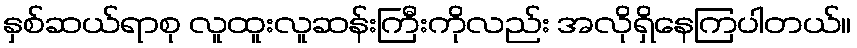
နှစ်ဆယ်ရာစု လူထူးလူဆန်းကြီးကိုလည်း အလိုရှိနေကြပါတယ်။